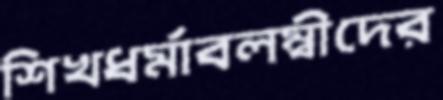
শিখধর্মাবলম্বীদের